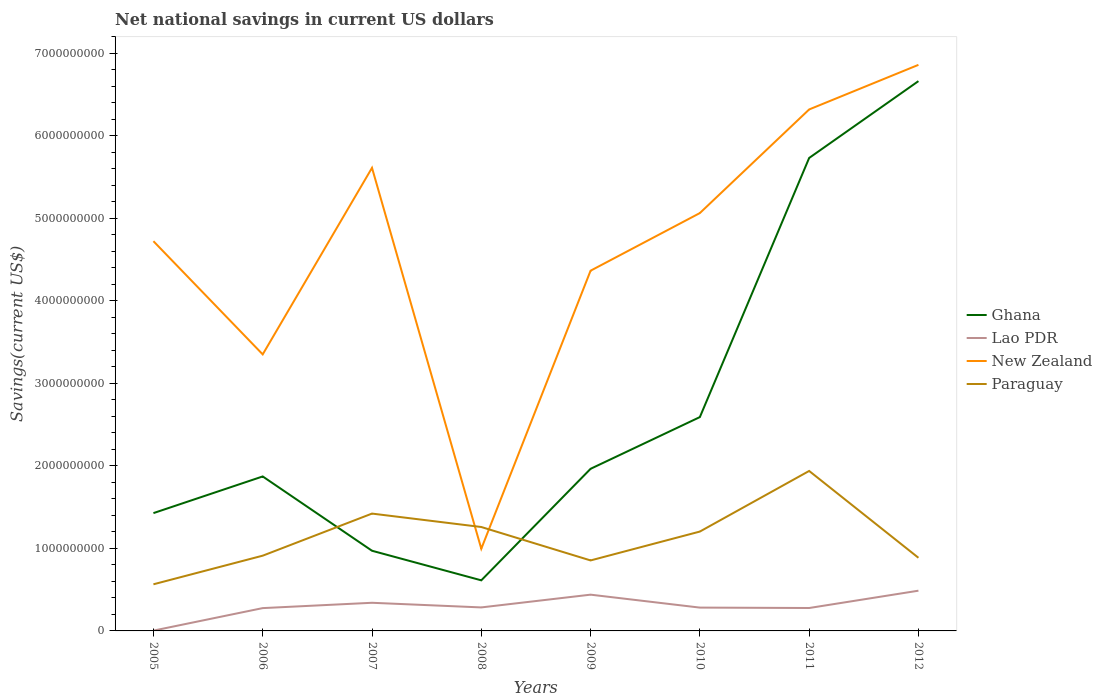
| Years | Ghana | Lao PDR | New Zealand | Paraguay |
 | --- | --- | --- | --- | --- |
 | 2005 | 1.43e+09 | 3.68e+06 | 4.72e+09 | 5.65e+08 |
 | 2006 | 1.87e+09 | 2.77e+08 | 3.35e+09 | 9.12e+08 |
 | 2007 | 9.72e+08 | 3.41e+08 | 5.61e+09 | 1.42e+09 |
 | 2008 | 6.13e+08 | 2.85e+08 | 9.96e+08 | 1.26e+09 |
 | 2009 | 1.96e+09 | 4.39e+08 | 4.37e+09 | 8.54e+08 |
 | 2010 | 2.59e+09 | 2.83e+08 | 5.06e+09 | 1.2e+09 |
 | 2011 | 5.73e+09 | 2.78e+08 | 6.32e+09 | 1.94e+09 |
 | 2012 | 6.66e+09 | 4.88e+08 | 6.86e+09 | 8.86e+08 |